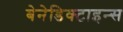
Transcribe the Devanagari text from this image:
बेनेडिक्टाइन्स